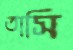
তাসি